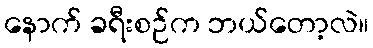
နောက် ခရီးစဉ်က ဘယ်တော့လဲ။